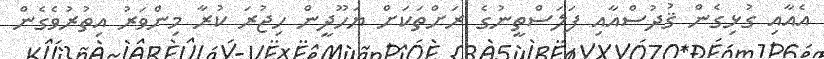
އެއާއި ގުޅިގެން ޤުދުސްއާއި ފަލަސްތީނުގެ ރަށްތަކަށް ޔަހޫދީން ހިޖުރަ ކުރާ މިންވަރު އިތުރުވެގެން